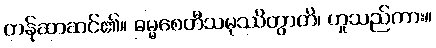
တန်ဆာဆင်၏။ ဓမ္မစေတီသမုဿိတွာတိ၊ ဟူသည်ကား။